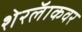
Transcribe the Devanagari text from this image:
शेरलॅाकवर